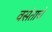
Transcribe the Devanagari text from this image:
वसंताचे